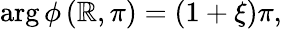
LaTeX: \arg\phi\left(\mathbb{R},\pi\right)=\left(1+\xi\right)\pi,